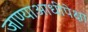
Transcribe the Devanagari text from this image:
जाण्याआधीपेक्षा